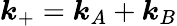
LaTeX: \boldsymbol{k}_{+}=\boldsymbol{k}_{A}+\boldsymbol{k}_{B}